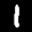
Label: 1